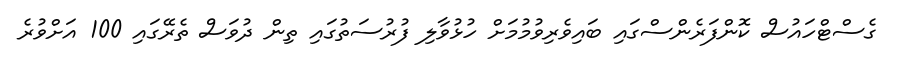
ގެސްޓްހައުސް ކޮންފަރެންސްގައި ބައިވެރިވުމުމަށް ހުޅުވާލި ފުރުސަތުގައި ތިން ދުވަސް ތެރޭގައި 100 އަށްވުރެ